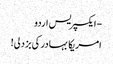
- ایکسپریس اردو
امریکا بہادر کی بزدلی!